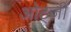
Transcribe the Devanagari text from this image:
ओट्ज़ी